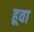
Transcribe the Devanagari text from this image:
हूवा